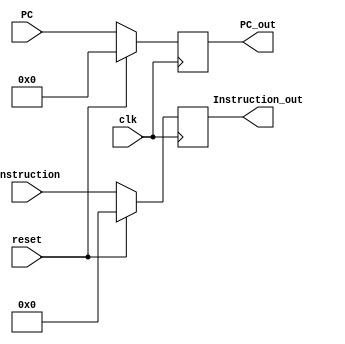
module IF_ID(
    input clk, reset,
	input [31:0] Instruction,
    input [63:0] PC,

    output reg [31:0] Instruction_out,
	output reg [63:0] PC_out
);

always@(posedge clk)
begin
if(reset == 1'b0)
begin
	Instruction_out = Instruction;
	PC_out = PC;
end	
else
begin
	Instruction_out = 0;
	PC_out = 0;
end	
end
endmodule